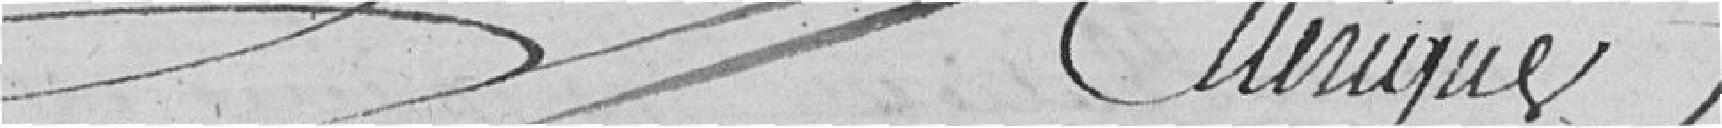
ELLERIQUE ???